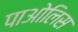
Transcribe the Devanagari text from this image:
पाओलिस